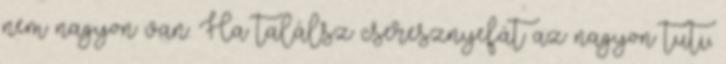
nem nagyon van. Ha találsz cseresznyefát az nagyon tuti,